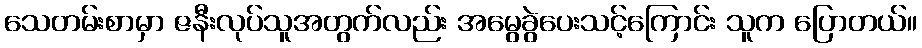
သေတမ်းစာမှာ ဇနီးလုပ်သူအတွက်လည်း အမွေခွဲပေးသင့်ကြောင်း သူက ပြောတယ်။